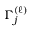
\Gamma _ { j } ^ { ( \ell ) }